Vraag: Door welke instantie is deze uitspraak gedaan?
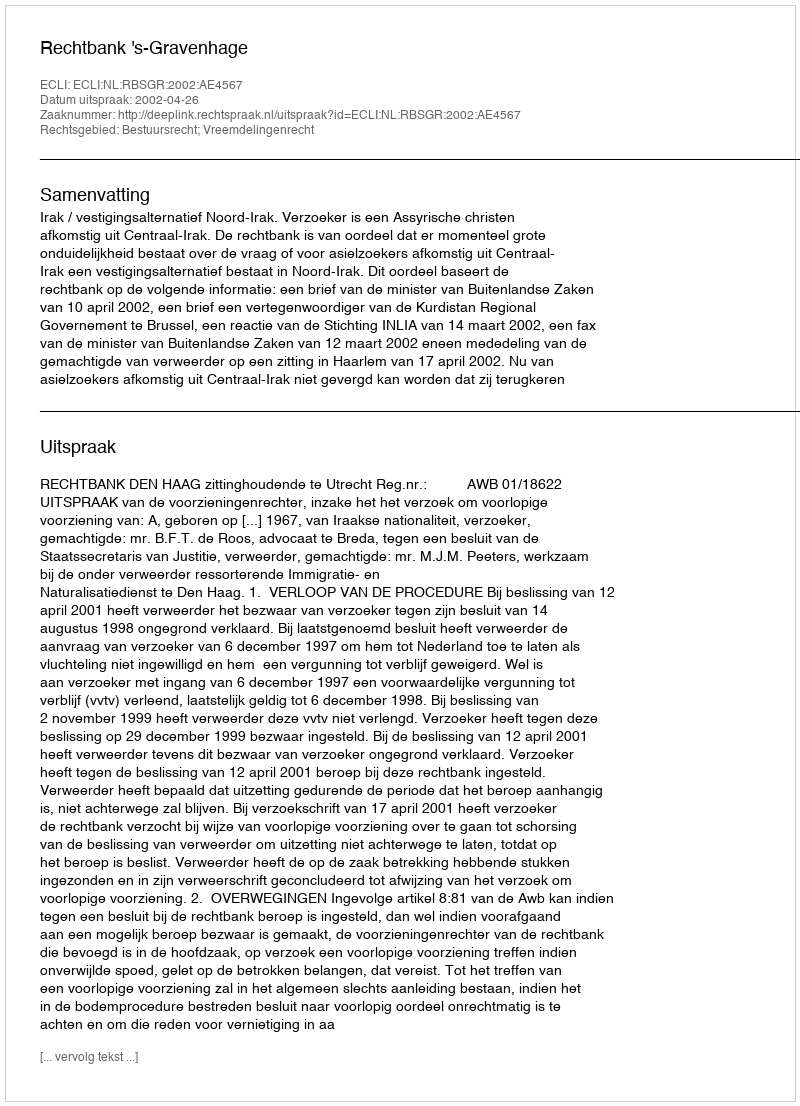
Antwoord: Rechtbank 's-Gravenhage